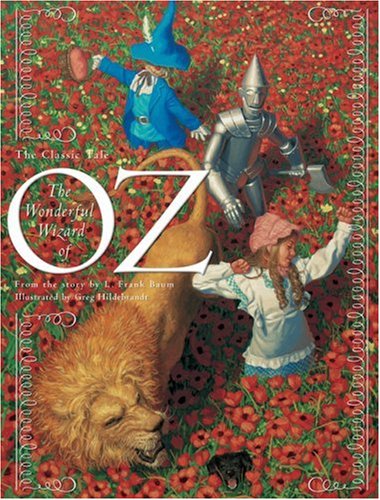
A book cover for The Wonderful Wizard of Oz (Classic Tales (Courage Books)); L. Frank Baum; Children's Books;